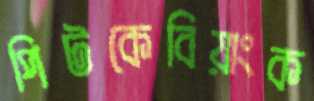
পিটকেবিয়াংক